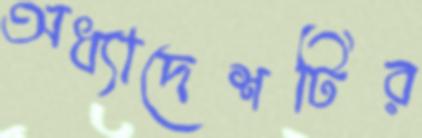
অধ্যাদেশটির